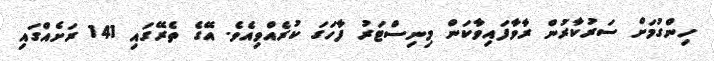
ހިންގުމަށް ސަރުކާރުން ރާވާފައިވާކަން މިނިސްޓަރު ފާހަގަ ކުރެއްވިއެވެ. އޭގެ ތެރޭގައި 141 ރަށެއްގައި